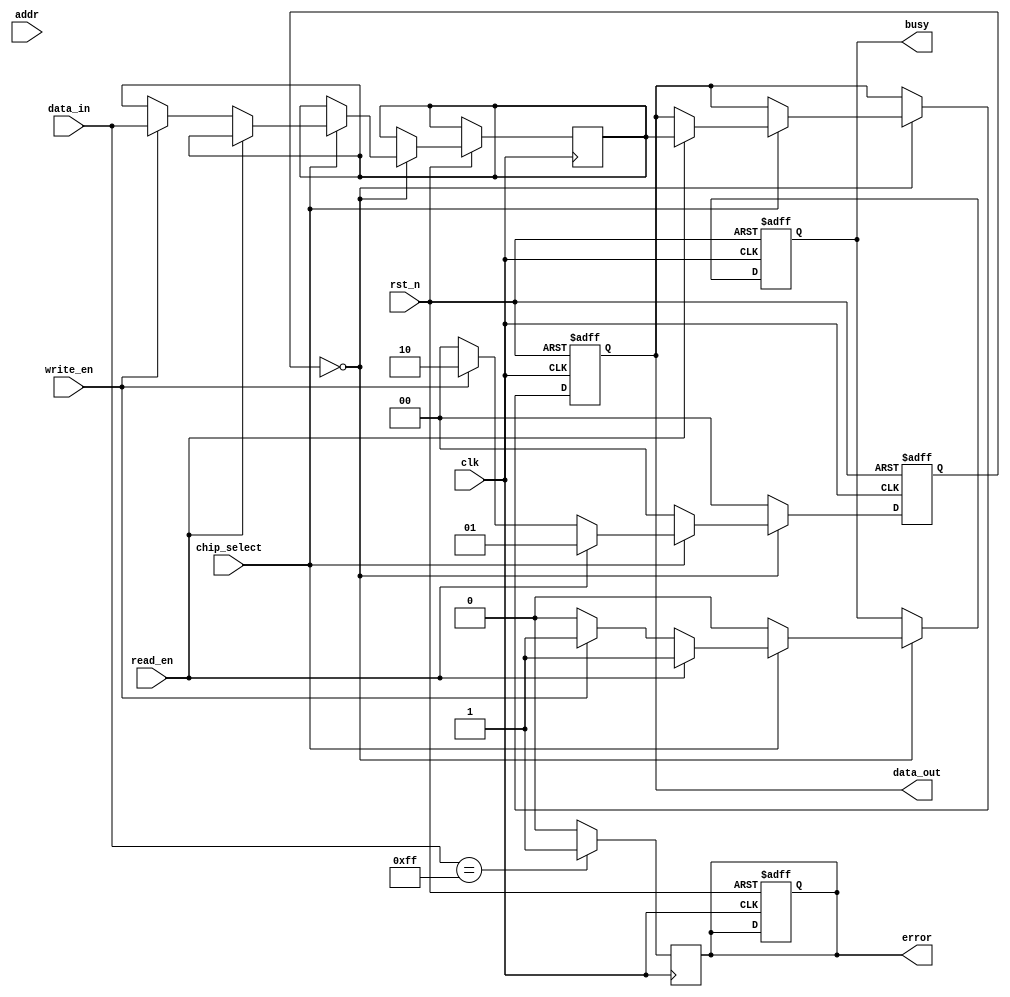
module io_blocks_parallel_flash (
    input wire clk,
    input wire rst_n,
    input wire [n-1:0] data_in,      // Input data lines
    output reg [n-1:0] data_out,     // Output data lines
    input wire [addr_width-1:0] addr, // Address lines
    input wire read_en,               // Read enable signal
    input wire write_en,              // Write enable signal
    input wire chip_select,            // Chip select signal
    output reg busy,                  // Busy signal
    output reg error                  // Error signal
);

parameter n = 8;                     // Number of data lines
parameter addr_width = 16;          // Address width
parameter IDLE = 2'b00;
parameter READ = 2'b01;
parameter WRITE = 2'b10;
parameter ERASE = 2'b11;

reg [1:0] state, next_state;
reg [n-1:0] data_buffer;             // Data buffer for read/write operations

// Finite State Machine for control logic
always @(posedge clk or negedge rst_n) begin
    if (!rst_n) begin
        state <= IDLE;
    end else begin
        state <= next_state;
    end
end

// Next state logic
always @(*) begin
    case (state)
        IDLE: begin
            if (chip_select) begin
                if (read_en) begin
                    next_state = READ;
                end else if (write_en) begin
                    next_state = WRITE;
                end else begin
                    next_state = IDLE;
                end
            end else begin
                next_state = IDLE;
            end
        end
        READ: begin
            next_state = IDLE; // Transition back to IDLE after read
        end
        WRITE: begin
            next_state = IDLE; // Transition back to IDLE after write
        end
        default: next_state = IDLE;
    endcase
end

// Output and busy signal logic
always @(posedge clk or negedge rst_n) begin
    if (!rst_n) begin
        data_out <= 0;
        busy <= 0;
        error <= 0;
    end else begin
        case (state)
            IDLE: begin
                busy <= 0;
                if (chip_select) begin
                    if (read_en) begin
                        busy <= 1;
                        // Simulate read operation
                        data_out <= data_buffer; // Assume data_buffer holds the read data
                    end else if (write_en) begin
                        busy <= 1;
                        // Simulate write operation
                        data_buffer <= data_in; // Store incoming data to buffer
                    end
                end
            end
            READ: begin
                // Read operation logic (to be implemented)
            end
            WRITE: begin
                // Write operation logic (to be implemented)
            end
        endcase
    end
end

// Error detection logic (simple example)
always @(posedge clk) begin
    if (data_in == 8'hFF) begin // Example condition for error
        error <= 1;
    end else begin
        error <= 0;
    end
end

endmodule